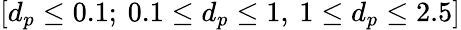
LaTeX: \left[d_{p}\leq 0.1;\: 0.1\leq d_{p}\leq 1,\: 1\leq d_{p}\leq 2.5\right]